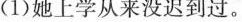
(1)她上学从来没迟到过。